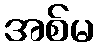
အစ်မ